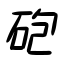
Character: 砲